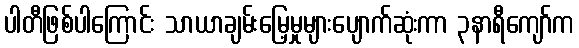
ပါတီဖြစ်ပါကြောင်း သာယာချမ်းမြေ့မှုများပျောက်ဆုံးကာ ၃နာရီကျော်က